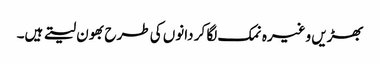
بھڑیں وغیرہ نمک لگا کر دانوں کی طرح بھون لیتے ہیں۔